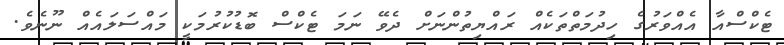
ޓެކްސްއާ އެއްވަރުގެ ހިދުމަތްތަކެއް ރައްޔިތުންނަށް ދެވޭ ނަމަ ޓެކްސް ބޮޑުކުރުމަކީ މައްސަލައެއް ނޫނެވެ.